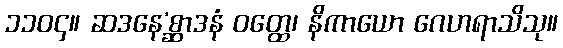
၁၁၀၄။ ဆဒနေ’စ္ဆာဒနံ ဝတ္ထေ၊ နိကာယော ဂေဟရာသိသု။